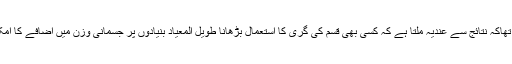
محققین کا کہنا تھاکہ نتائج سے عندیہ ملتا ہے کہ کسی بھی قسم کی گری کا استعمال بڑھانا طویل المعیاد بنیادوں پر جسمانی وزن میں اضافے کا امکان کم کرتاہے۔